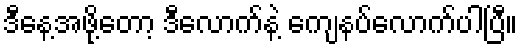
ဒီနေ့အဖို့တော့ ဒီလောက်နဲ့ ကျေနပ်လောက်ပါပြီ။